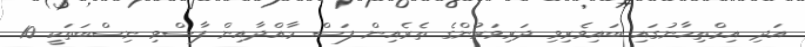
އަދި އިމްތިހާނުގައި ބައިވެރިވި ދަރިވަރުންގެ ތެރެއިން ފަސް މާއްދާއިން ފާސްވި ނިސްބަތަކީ 10